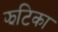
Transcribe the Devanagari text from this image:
झटिका